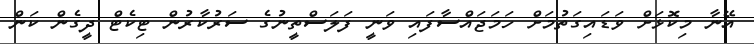
އޭނާ މިކޮޅަށް ވަޑައިގަތުމަށް ހަމަޖައްސާފައި ވަނީ ފަލަސްތީނުގެ ސަރުކާރުން ޓިކެޓް ދީގެން ކަން